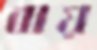
বায়